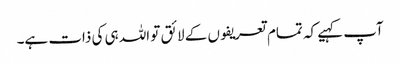
آپ کہیے کہ تمام تعریفوں کے لائق تو اللہ ہی کی ذات ہے۔